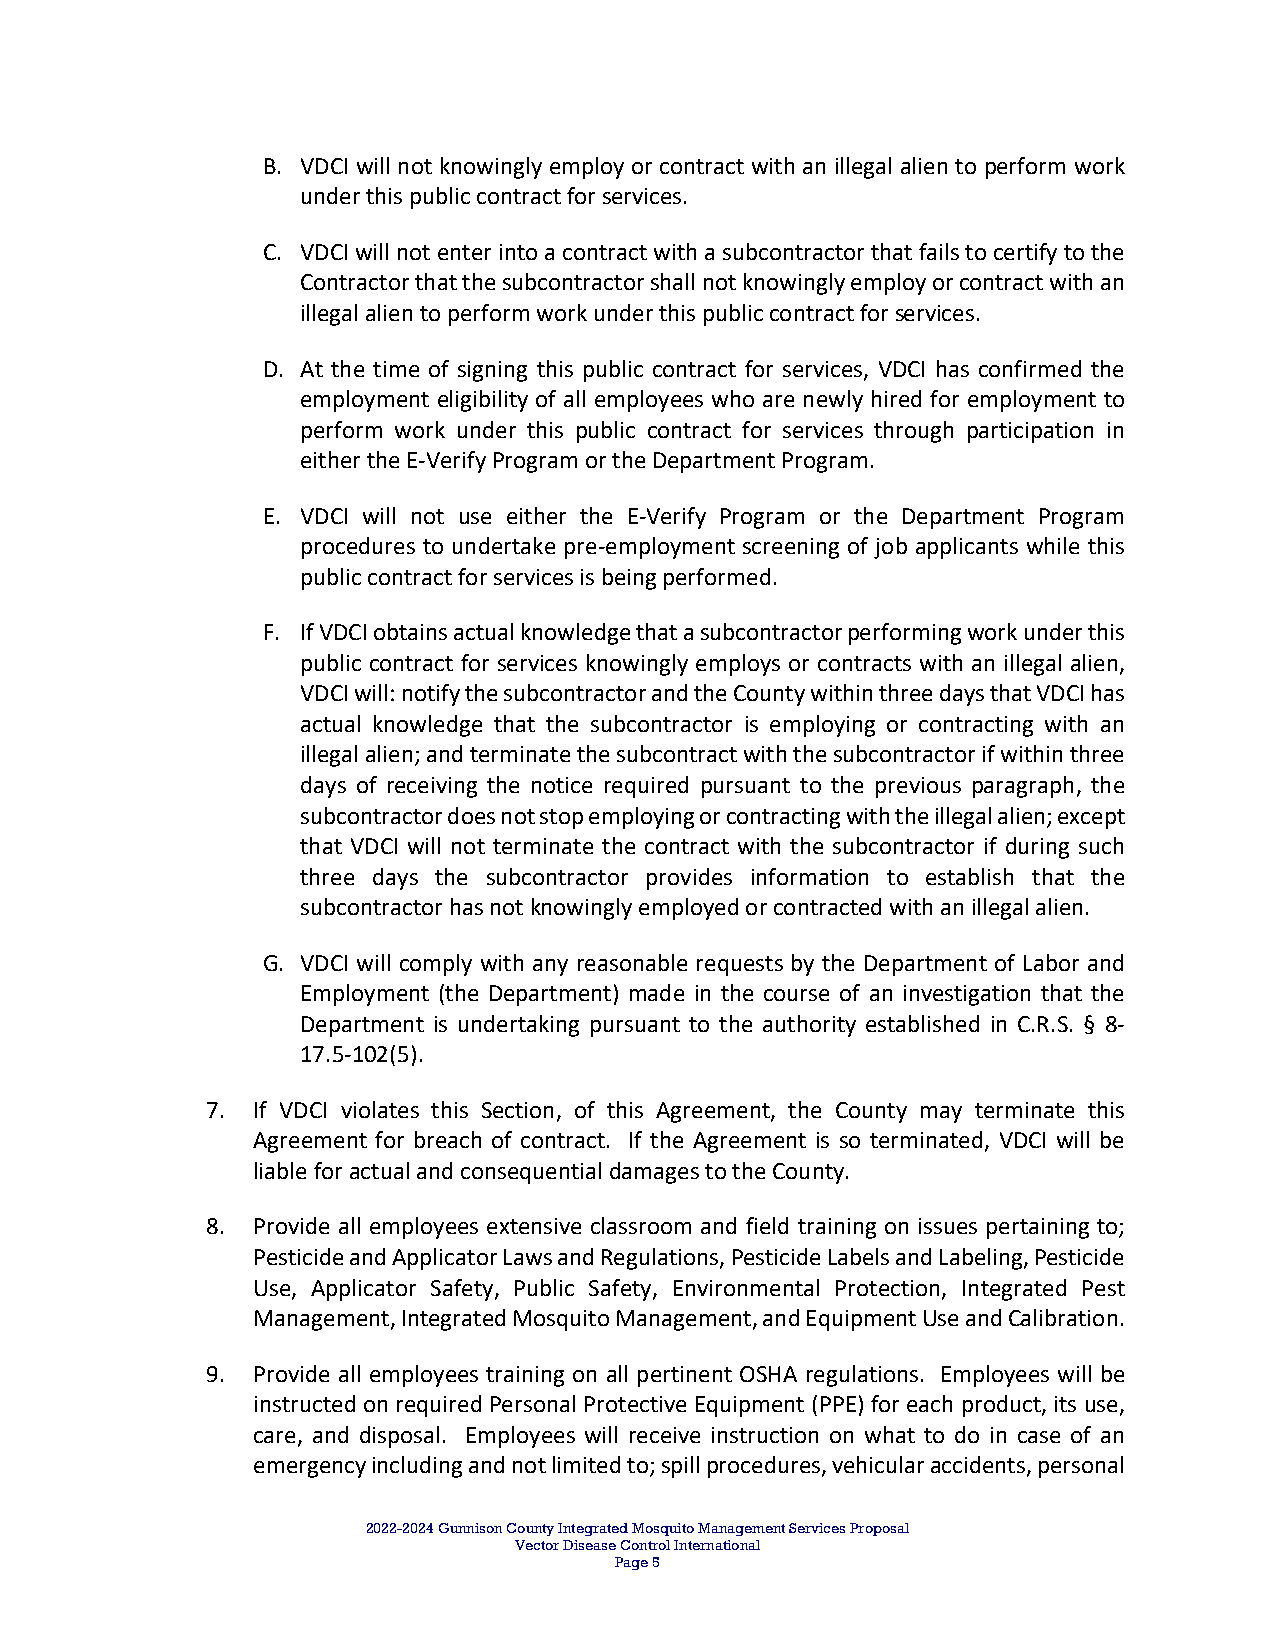
B. VDCI will not knowingly employ or contract with an illegal alien to perform work
 under this public contract for services.
 C. VDCI will not enter into a contract with a subcontractor that fails to certify to the
 Contractor that the subcontractor shall not knowingly employ or contract with an
 illegal alien to perform work under this public contract for services.
 D. At the time of signing this public contract for services, VDCI has confirmed the
 employment eligibility of all employees who are newly hired for employment to
 perform work under this public contract for services through participation in
 either the E‐Verify Program or the Department Program.
 E. VDCI will not use either the E‐Verify Program or the Department Program
 procedures to undertake pre‐employment screening of job applicants while this
 public contract for services is being performed.
 F. If VDCI obtains actual knowledge that a subcontractor performing work under this
 public contract for services knowingly employs or contracts with an illegal alien,
 VDCI will: notify the subcontractor and the County within three days that VDCI has
 actual knowledge that the subcontractor is employing or contracting with an
 illegal alien; and terminate the subcontract with the subcontractor if within three
 days of receiving the notice required pursuant to the previous paragraph, the
 subcontractor does not stop employing or contracting with the illegal alien; except
 that VDCI will not terminate the contract with the subcontractor if during such
 three days the subcontractor provides information to establish that the
 subcontractor has not knowingly employed or contracted with an illegal alien.
 G. VDCI will comply with any reasonable requests by the Department of Labor and
 Employment (the Department) made in the course of an investigation that the
 Department is undertaking pursuant to the authority established in C.R.S. § 8‐
 17.5‐102(5).
 7. If VDCI violates this Section, of this Agreement, the County may terminate this
 Agreement for breach of contract. If the Agreement is so terminated, VDCI will be
 liable for actual and consequential damages to the County.
 8. Provide all employees extensive classroom and field training on issues pertaining to;
 Pesticide and Applicator Laws and Regulations, Pesticide Labels and Labeling, Pesticide
 Use, Applicator Safety, Public Safety, Environmental Protection, Integrated Pest
 Management, Integrated Mosquito Management, and Equipment Use and Calibration.
 9. Provide all employees training on all pertinent OSHA regulations. Employees will be
 instructed on required Personal Protective Equipment (PPE) for each product, its use,
 care, and disposal. Employees will receive instruction on what to do in case of an
 emergency including and not limited to; spill procedures, vehicular accidents, personal
 2022-2024 Gunnison County Integrated Mosquito Management Services Proposal
 Vector Disease Control International
 Page 5